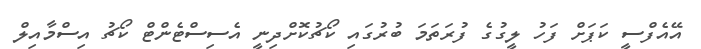
އޭއެފްސީ ކަޕަށް ފަހު ލީގުގެ ފުރަތަމަ ބުރުގައި ކޯޗުކޮޮށްދިނީ އެސިސްޓެންޓް ކޯޗު އިސްމާއިލް